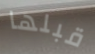
قبلها